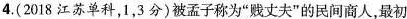
4. (2018江苏单科，1，3分) 被孟子称为”贱丈夫”的民间商人，最初